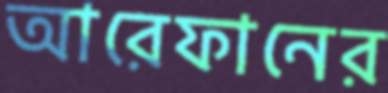
আরেফানের